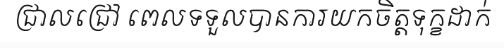
ជ្រាលជ្រៅ ពេលទទួលបានការយកចិត្តទុក្ខដាក់